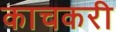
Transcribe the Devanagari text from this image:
काचकरी